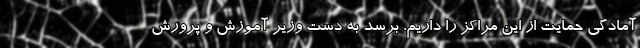
آمادگی حمایت از این مراکز را داریم. برسد به دست وزیر آموزش و پرورش